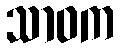
သာဝက